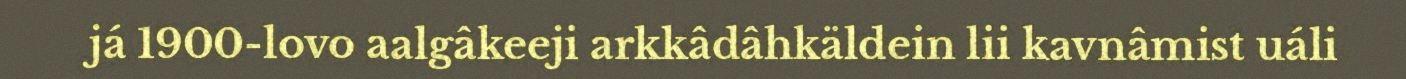
já 1900-lovo aalgâkeeji arkkâdâhkäldein lii kavnâmist uáli